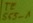
Text: 555